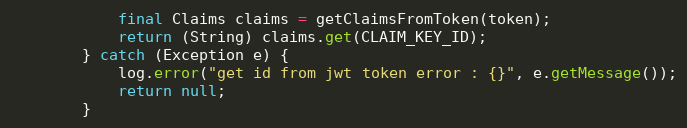
Language: Java
            final Claims claims = getClaimsFromToken(token);
            return (String) claims.get(CLAIM_KEY_ID);
        } catch (Exception e) {
            log.error("get id from jwt token error : {}", e.getMessage());
            return null;
        }